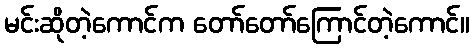
မင်းဆိုတဲ့ကောင်က တော်တော်ကြောင်တဲ့ကောင်။